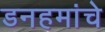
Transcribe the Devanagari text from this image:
डनहमांचे